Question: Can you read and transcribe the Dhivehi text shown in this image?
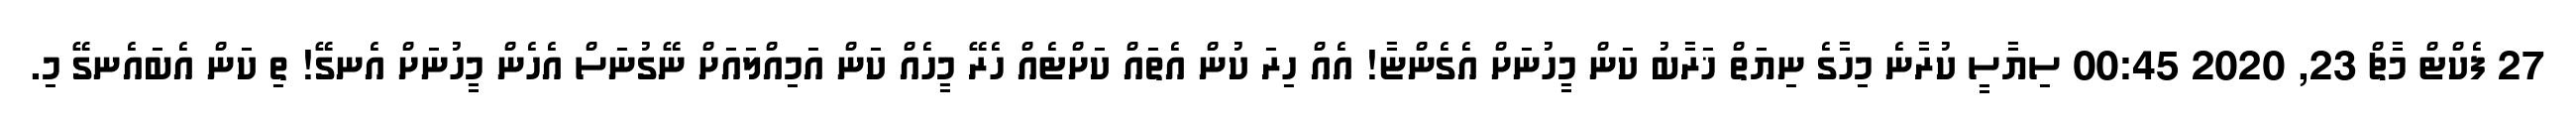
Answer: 27 ފެކްޓް މާޗް 23, 2020 00:45 ސިޔާސީ ކުރާނެ މިހާގެ ނިޔަތް ޚަރާބު ކަން މީހުނަށް އެގެންޏާ! އެއް ހިރަ ކުން އެތައް ކަށްޓެއް ހެރޭ މީހެއް ކަން އަމިއްލައަށް ނޭގުނަސް އެހެން މީހުނަށް އެނގޭ! ތި ކަން އެބައެނގޭ މި.